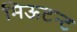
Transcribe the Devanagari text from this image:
मिऊटन्ट